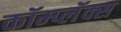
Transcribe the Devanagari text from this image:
कॉम्प्लॅक्स